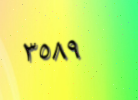
٣٥٨٩